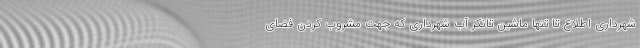
شهرداری اطلاع تا تنها ماشین تانکر آب شهرداری که جهت مشروب کردن فضای